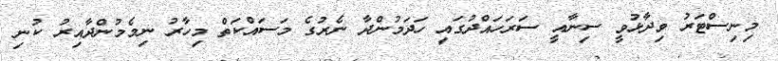
މިނިސްޓަރު ވިދާޅުވީ ސިނާއީ ސަރަހައްދުގައި ހަދަމުންދާ ނެރުގެ މަސައްކަތް މިހާރު ނިމެމުންދާއިރު ކުނި